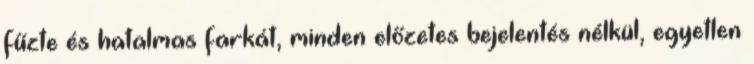
fűzte és hatalmas farkát, minden előzetes bejelentés nélkül, egyetlen